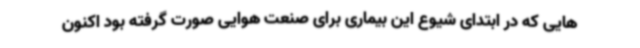
هایی که در ابتدای شیوع این بیماری برای صنعت هوایی صورت گرفته بود اکنون